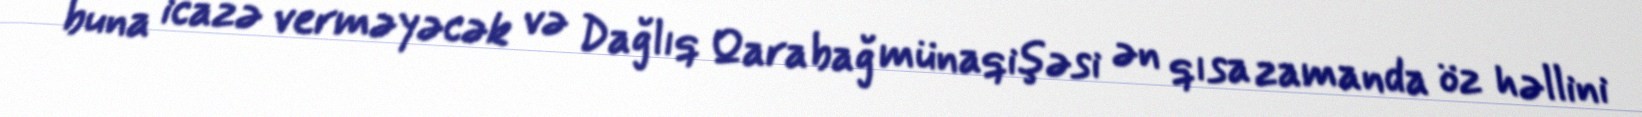
buna icazə verməyəcək və Dağlıq Qarabağ münaqişəsi ən qısa zamanda öz həllini